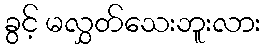
ခွင့် မလွှတ်သေးဘူးလား